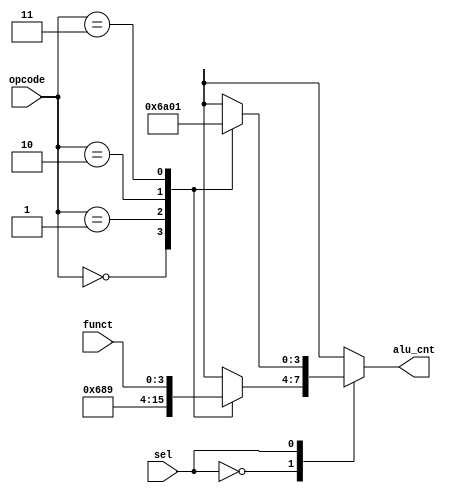
`timescale 1ns / 1ps
//////////////////////////////////////////////////////////////////////////////////
// Company: 
// Engineer: 
// 
// Design Name: 
// Module Name: alu_control
// Project Name: 
// Target Devices: 
// Tool Versions: 
// Description: 
// 
// Dependencies: 
// 
// Revision:
// Revision 0.01 - File Created
// Additional Comments:
// 
//////////////////////////////////////////////////////////////////////////////////
module alu_control(input[1:0]opcode,input[3:0]funct,input sel,output reg[3:0]alu_cnt);
always@(*)
    begin
    case(sel)
    1'b0:
        case(opcode)
        2'b00:
        alu_cnt=4'b0110;//ls
        2'b01:
        alu_cnt=4'b1000;//beq
        2'b10:
        alu_cnt=4'b1001;//bneq
        2'b11:
        alu_cnt=funct;
        endcase
    1'b1://imminst
        case(opcode)
        2'b00:
        alu_cnt=4'b0110;//addi
        2'b01:
        alu_cnt=4'b1010;//slti
        2'b10:
        alu_cnt=4'b0000;//ori
        2'b11:
        alu_cnt=4'b0001;//andi
        endcase
    endcase
    end
endmodule